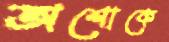
অশোকে